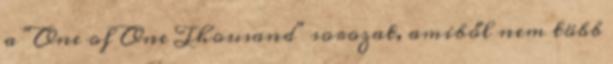
a "One of One Thousand" sorozat, amiből nem több